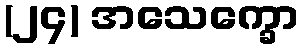
(၂၄) အသေက္ခော